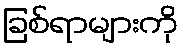
ခြစ်ရာများကို